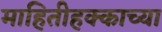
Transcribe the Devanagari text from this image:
माहितीहक्काच्या